65_HS1-834228961_62-HQ-83894_Section_8
Agency: FBI
Page 207
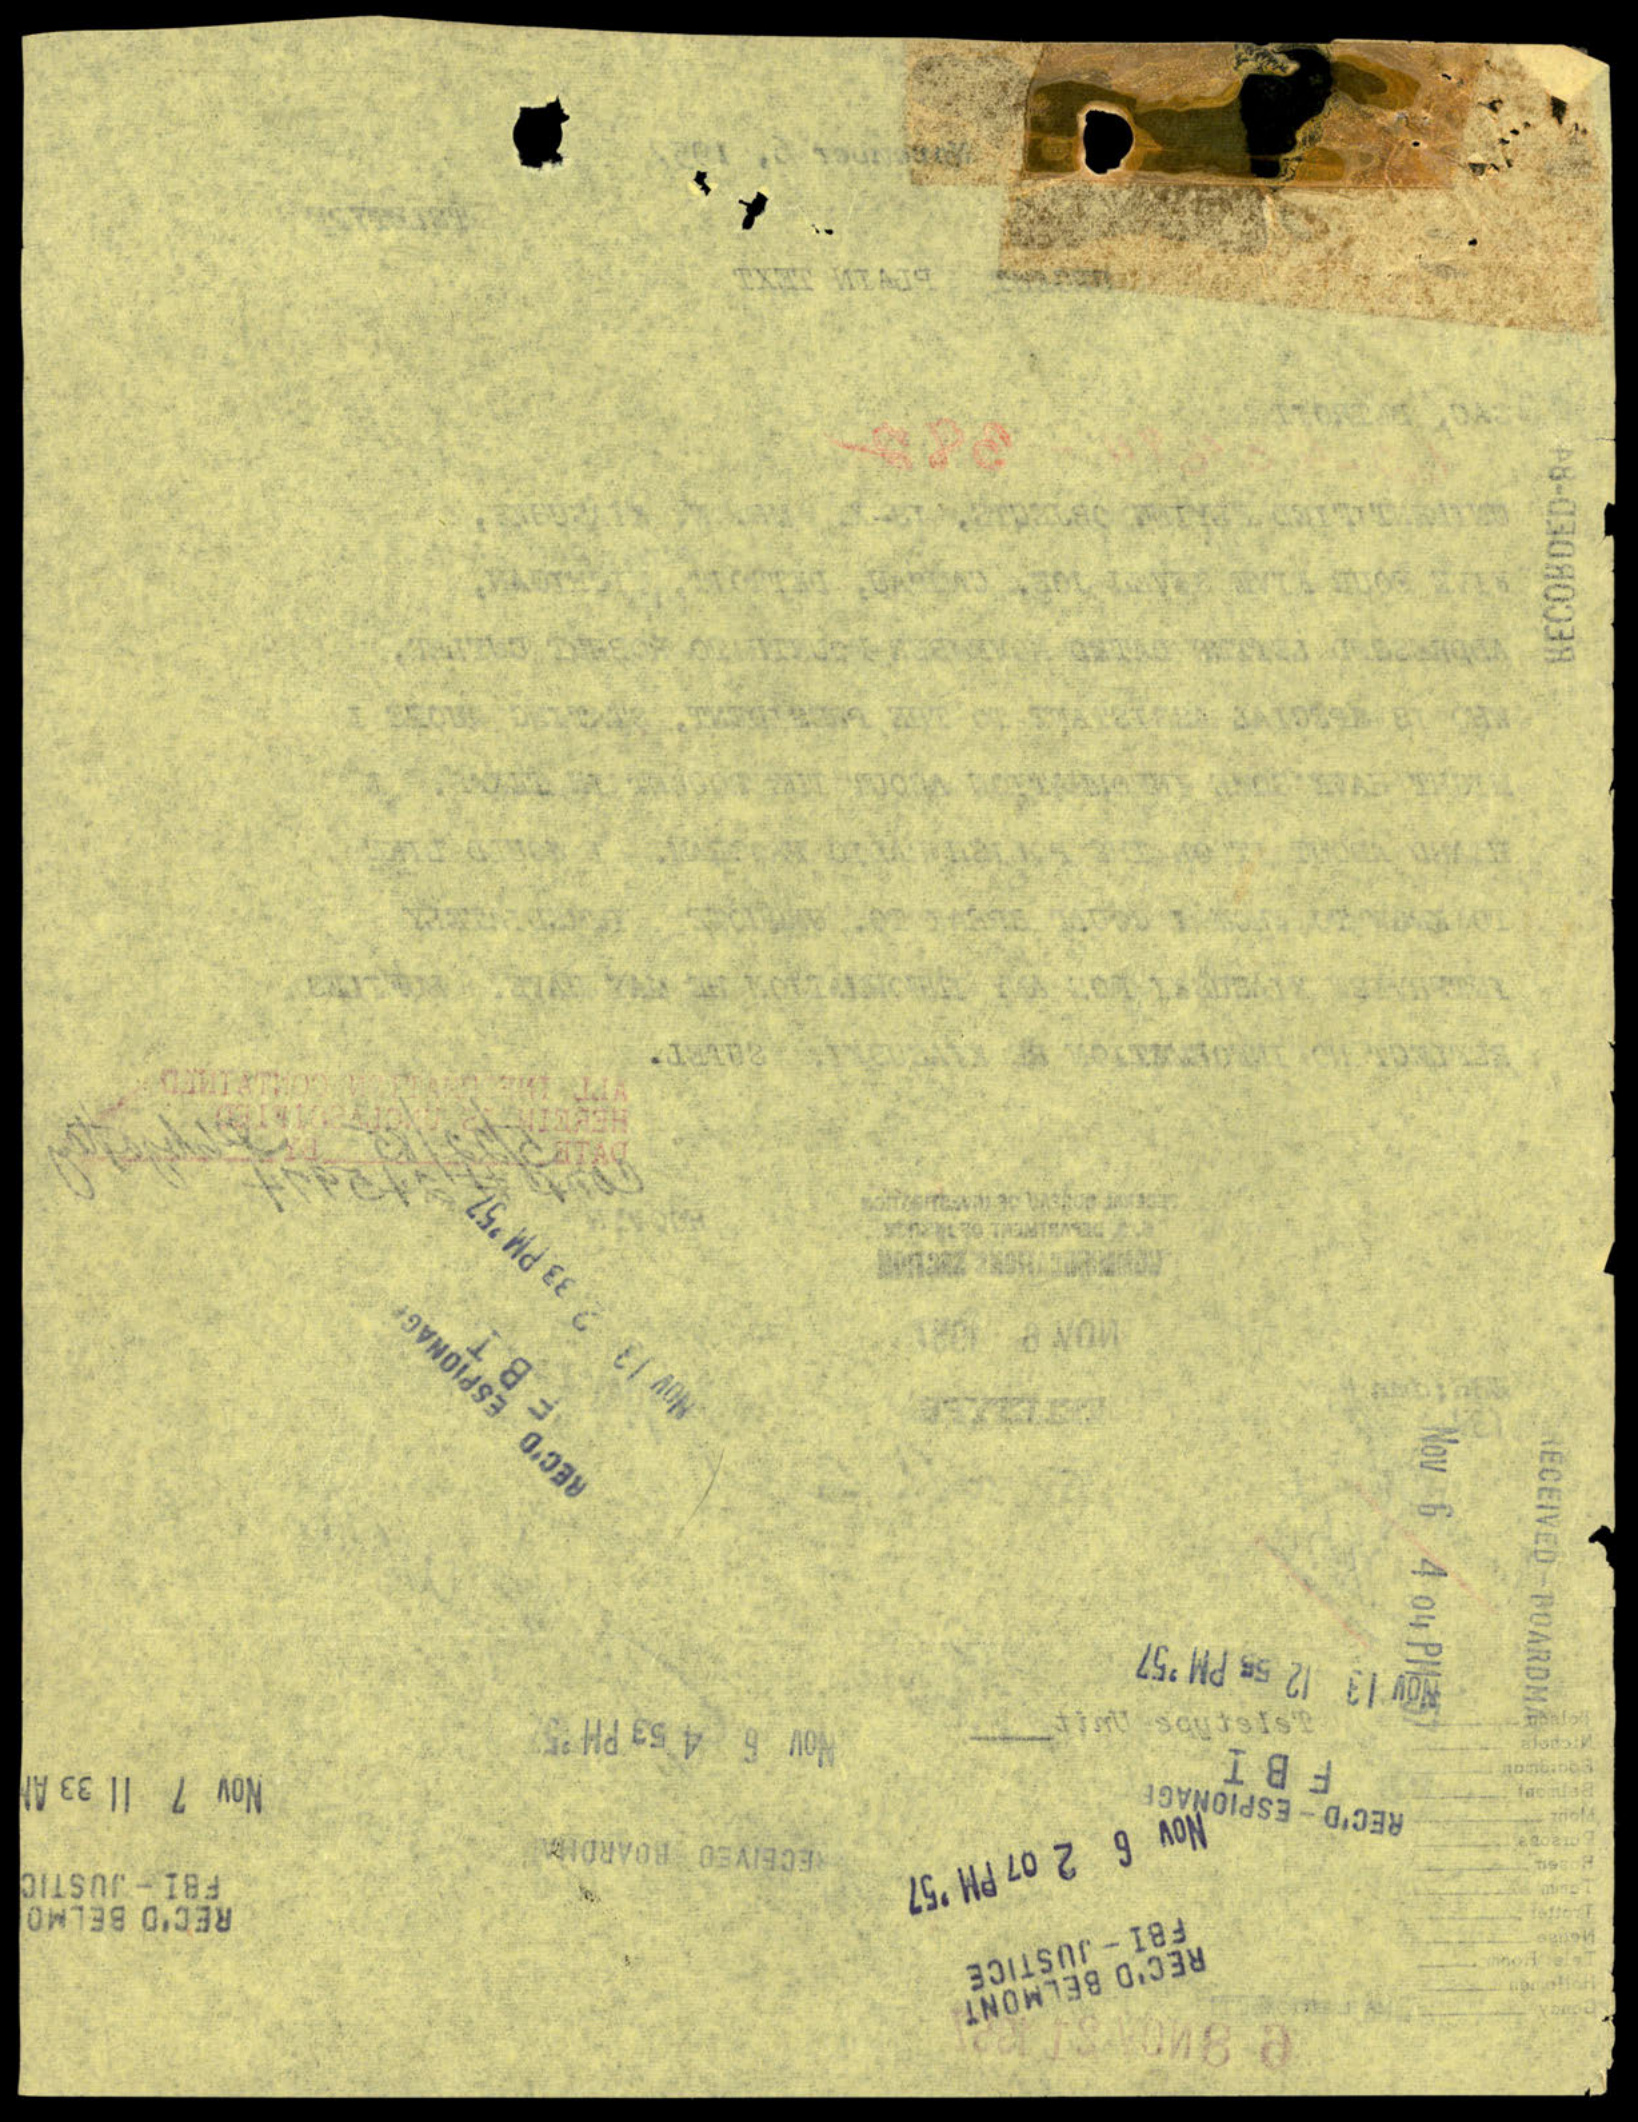